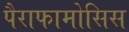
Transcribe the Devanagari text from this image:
पैराफामोसिस